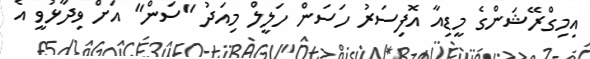
އިމިގްރޭޝަންގެ މީޑިއާ އޮފިސަރު ހަސަން ހަލީލް މިއަދު "ސަން" އަށް ވިދާޅުވީ އެ